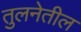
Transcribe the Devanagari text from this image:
तुलनेतील